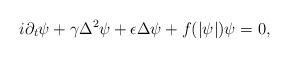
LaTeX: \begin{align*}i\partial_{t}\psi+\gamma\Delta^{2}\psi+\epsilon\Delta\psi+f(|\psi|)\psi=0,\end{align*}